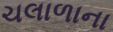
ચલાળાના